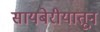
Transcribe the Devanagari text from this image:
सायबेरीयातून